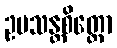
ဥပသန္တစိတ္တော